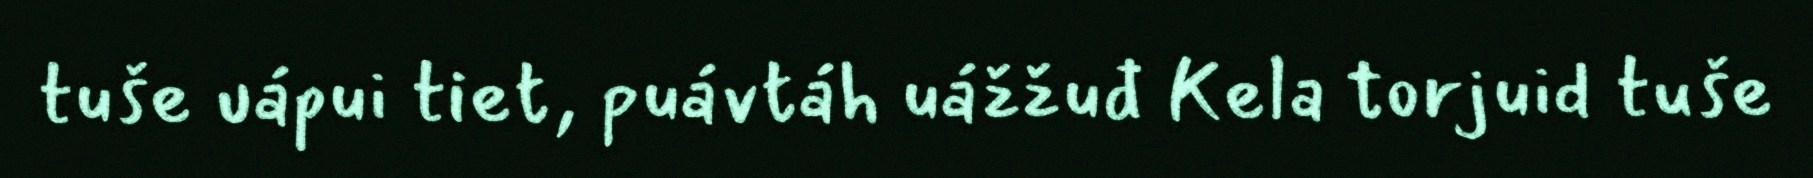
tuše uápui tiet, puávtáh uážžuđ Kela torjuid tuše